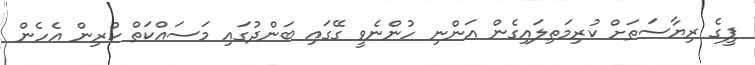
ޕީގެ ރިޔާސަތަށް ކުރިމަތިލައިގެން އަންނި ހުންނެވީ ގޭގައި ބަންދުގައި މަސައްކަތް ކުރިން އެހެން